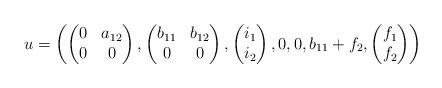
LaTeX: \begin{align*} u=\left(\begin{pmatrix}0 & a_{12}\\ 0 & 0\end{pmatrix},\begin{pmatrix}b_{11} & b_{12}\\ 0 & 0\end{pmatrix}, \begin{pmatrix}i_1\\ i_2\end{pmatrix}, 0, 0, b_{11}+f_2, \begin{pmatrix}f_1\\ f_2\end{pmatrix} \right)\\ \end{align*}